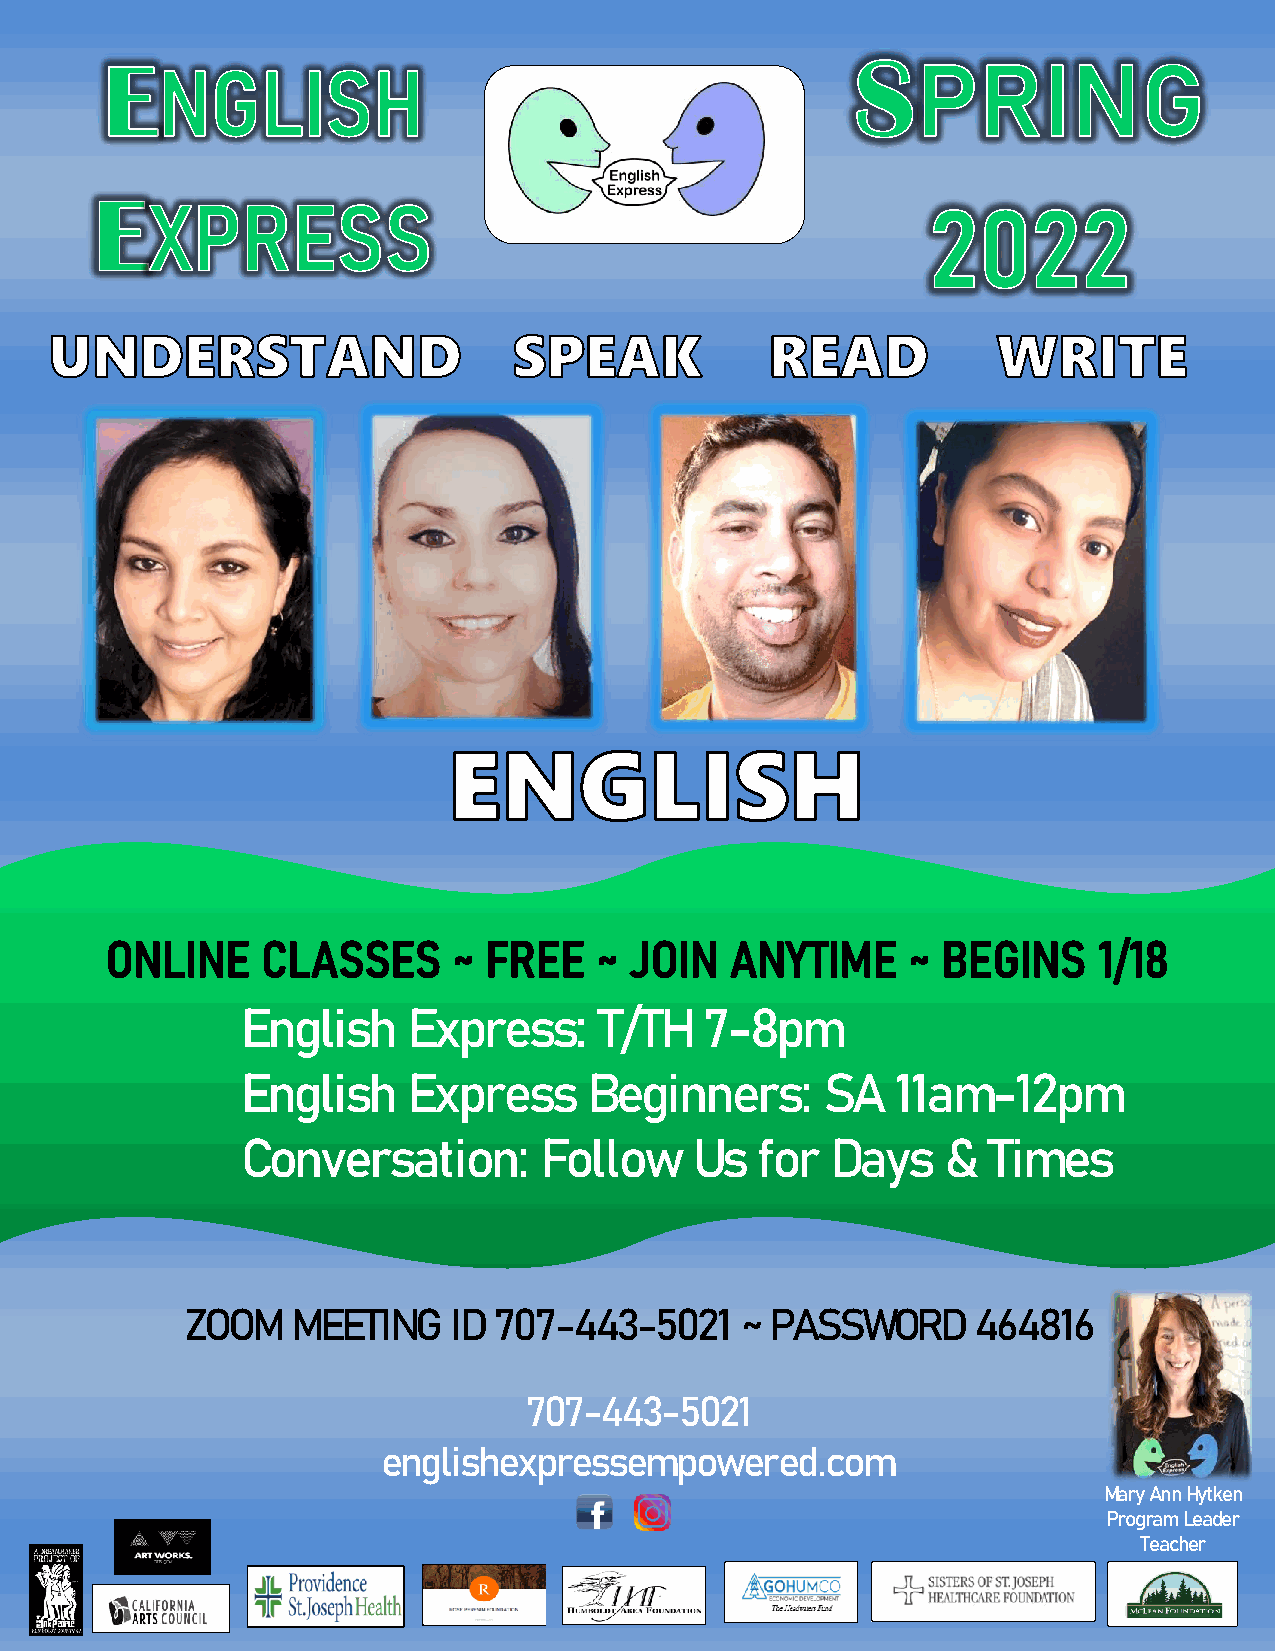
English    Express:     T/TH   7-8pm
 English    Express     Beginners:      SA  11am-12pm
 Conversation:       Follow    Us  for  Days    & Times
 ZOOM   MEETING    ID 707-443-5021    ~ PASSWORD      464816
 707-443-5021
 englishexpressempowered.com
 Mary Ann Hytken
 Program Leader
 Teacher